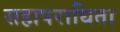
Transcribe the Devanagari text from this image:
सहापराधिता